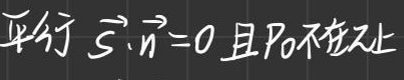
平行 \(\vec{s} \cdot \vec{n} = 0\) 且 \(P_0\) 不在 \(\pi\) 上